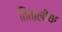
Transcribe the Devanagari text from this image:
तितालीया